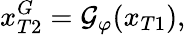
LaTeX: x_{T2}^{G}=\mathcal{G}_{\varphi}(x_{T1}),